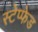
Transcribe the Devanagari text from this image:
स्टेप्फेड